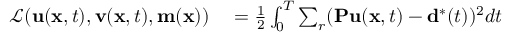
\begin{array} { r l } { \mathcal { L } ( \mathbf { u } ( \mathbf { x } , t ) , \mathbf { v } ( \mathbf { x } , t ) , \mathbf { m } ( \mathbf { x } ) ) } & { { } = \frac { 1 } { 2 } \int _ { 0 } ^ { T } \sum _ { r } ( \mathbf { P u } ( \mathbf { x } , t ) - \mathbf { d } ^ { * } ( t ) ) ^ { 2 } d t } \end{array}